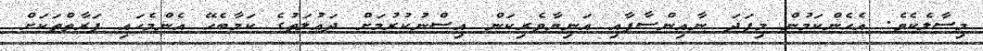
މިސާލެކެވެ. އެހެންކަމުން މިފަދަ ނާއިންސާފާއި އަނިޔާވެރިކަން އިސްނުކުރުމަށް ދައުލަތުގެ ކަމާބެހޭ އެންމެހައި ފަރާތްތަކަށް